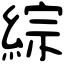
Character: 綜